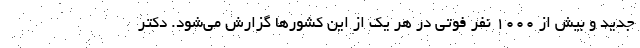
جدید و بیش از ۱۰۰۰ نفر فوتی در هر یک از این کشورها گزارش می‌شود. دکتر